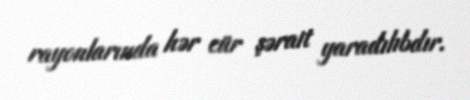
rayonlarında hər cür şərait yaradılıbdır.